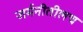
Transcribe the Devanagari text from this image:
जर्मनीतीलच